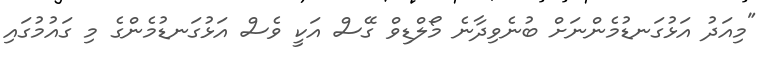
"މިއަދު އަޅުގަނޑުމެންނަށް ބުނެވިދާނެ މޯލްޑިވް ގޭސް އަކީ ވެސް އަޅުގަނޑުމެންގެ މި ގައުމުގައި